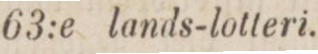
63:e lands-lotteri.